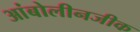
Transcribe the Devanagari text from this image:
आंबोलीनजीक